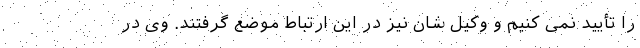
را تأیید نمی کنیم و وکیل شان نیز در این ارتباط موضع گرفتند. وی در